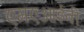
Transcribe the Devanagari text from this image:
एमएआईबी